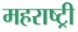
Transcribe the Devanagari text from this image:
महराष्ट्री